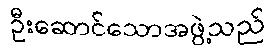
ဦးဆောင်သောအဖွဲ့သည်